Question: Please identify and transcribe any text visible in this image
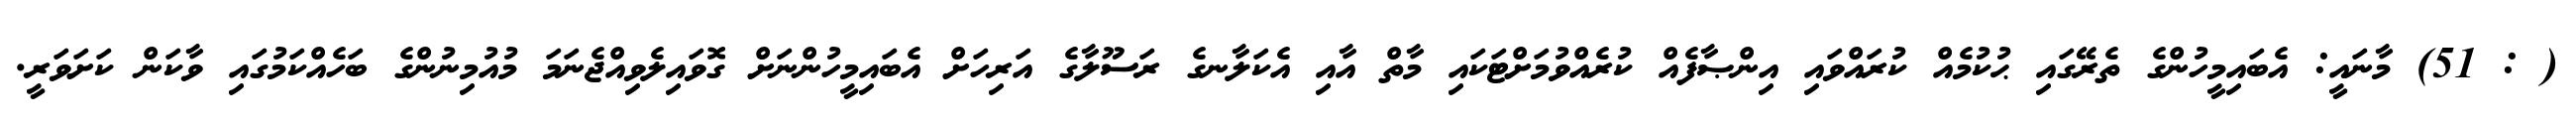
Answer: ( : 51) މާނައީ: އެބައިމީހުންގެ ތެރޭގައި ޙުކުމެއް ކުރައްވައި އިންޞާފެއް ކުރެއްވުމަށްޓަކައި މާތް އާއި އެކަލާނގެ ރަސޫލާގެ އަރިހަށް އެބައިމީހުންނަށް ގޮވައިލެވިއްޖެނަމަ މުއުމިނުންގެ ބަހެއްކަމުގައި ވާކަން ކަށަވަރީ.